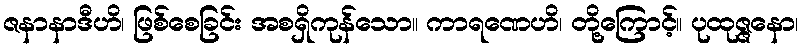
ဇနာနာဒီဟိ၊ ဖြစ်စေခြင်း အစရှိကုန်သော။ ကာရဏေဟိ၊ တို့ကြောင့်။ ပုထုဇ္ဇနော၊